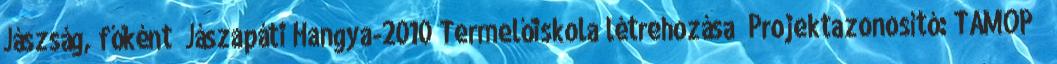
Jászság, főként „Jászapáti Hangya-2010 Termelőiskola létrehozása” Projektazonosító: TÁMOP